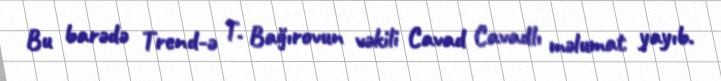
Bu barədə Trend-ə T. Bağırovun vəkili Cavad Cavadlı məlumat yayıb.